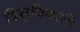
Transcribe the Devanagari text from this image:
विसूचिकादि